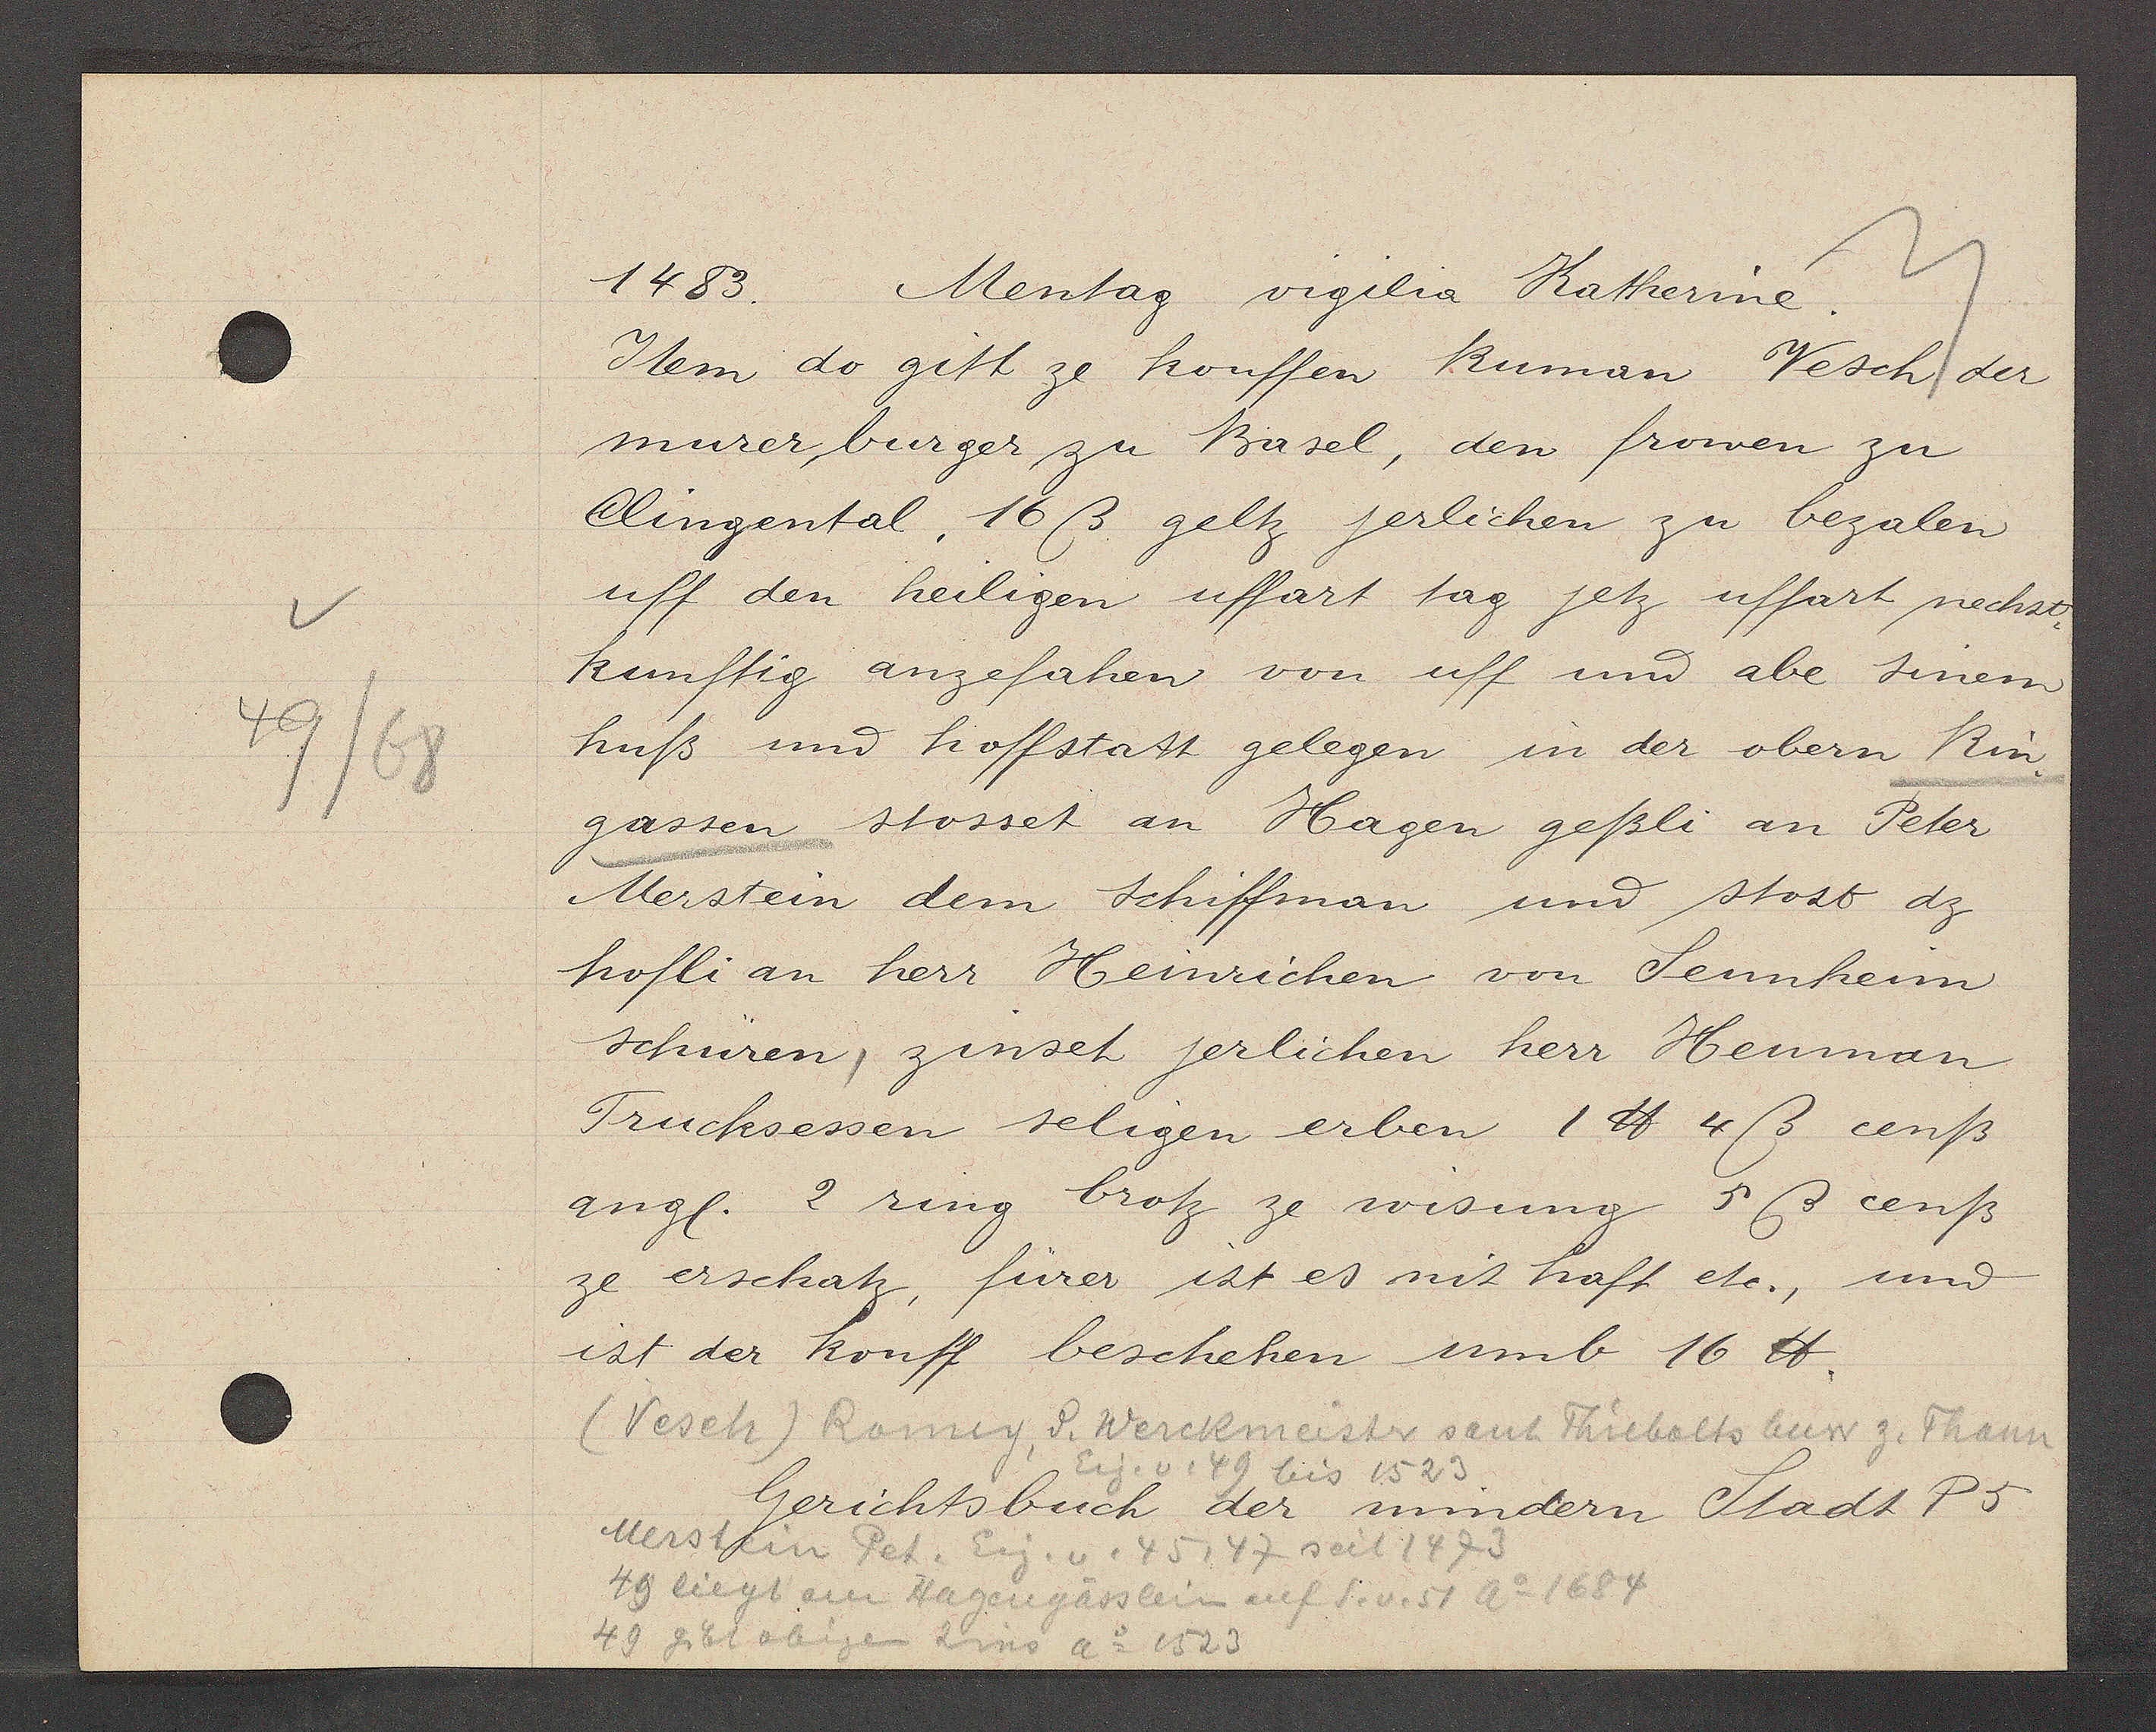
Transcript:
49/68

1483. Mentag vigilia Katherine.

Item do gitt ze kouffen Ruman Vesch der
murer burger zu Basel, den frowen zu
Clingental, 16 ß geltz jerlichen zu bezalen
uff den heiligen uffart tag jetz uffart nechst.
kunftig anzefahen von uff und abe sinem
huß und hoffstatt gelegen in der obern Rin
gassen stosset an Hagen geßli an Peter
Merstein dem Schiffman und stost dz
höfli an herr Heinrichen von Sennheim
schüren, zinset jerlichen herr Henman
Trucksessen seligen erben 1 ℔ 4ß cenß
angl.   5 ß cenß
ze erschatz, fürer ist es mit haft etc., und
ist der kouff beschehen umb 16 ℔.

(Vesch) Romig, d. Werckmeister sant Thiebalts buw z. Thann
Eig. v. 49 bis 1523

Gerichtsbuch der mindern Stadt P5

Merstin Pet. Eig. v. 45, 47 seit 1473
49 liegt am Hagengässlein auf S.v.51 Ao 1684
49 gibt obisen Zisis Ao 1523